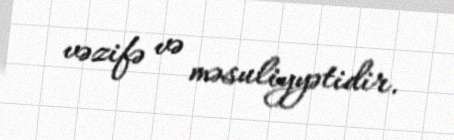
vəzifə və məsuliyyətidir.